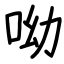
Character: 呦